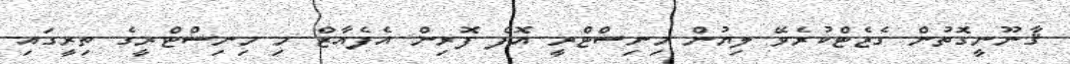
ޤާނޫނީގޮތުން ގެޒެޓްކުރެވޭ ލިޔުން މިނިސްޓްރީ އޮފް ފޮރިން އެފެއާޒް މި މިނިސްޓްރީގެ ތިރީގައި